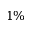
1 \%